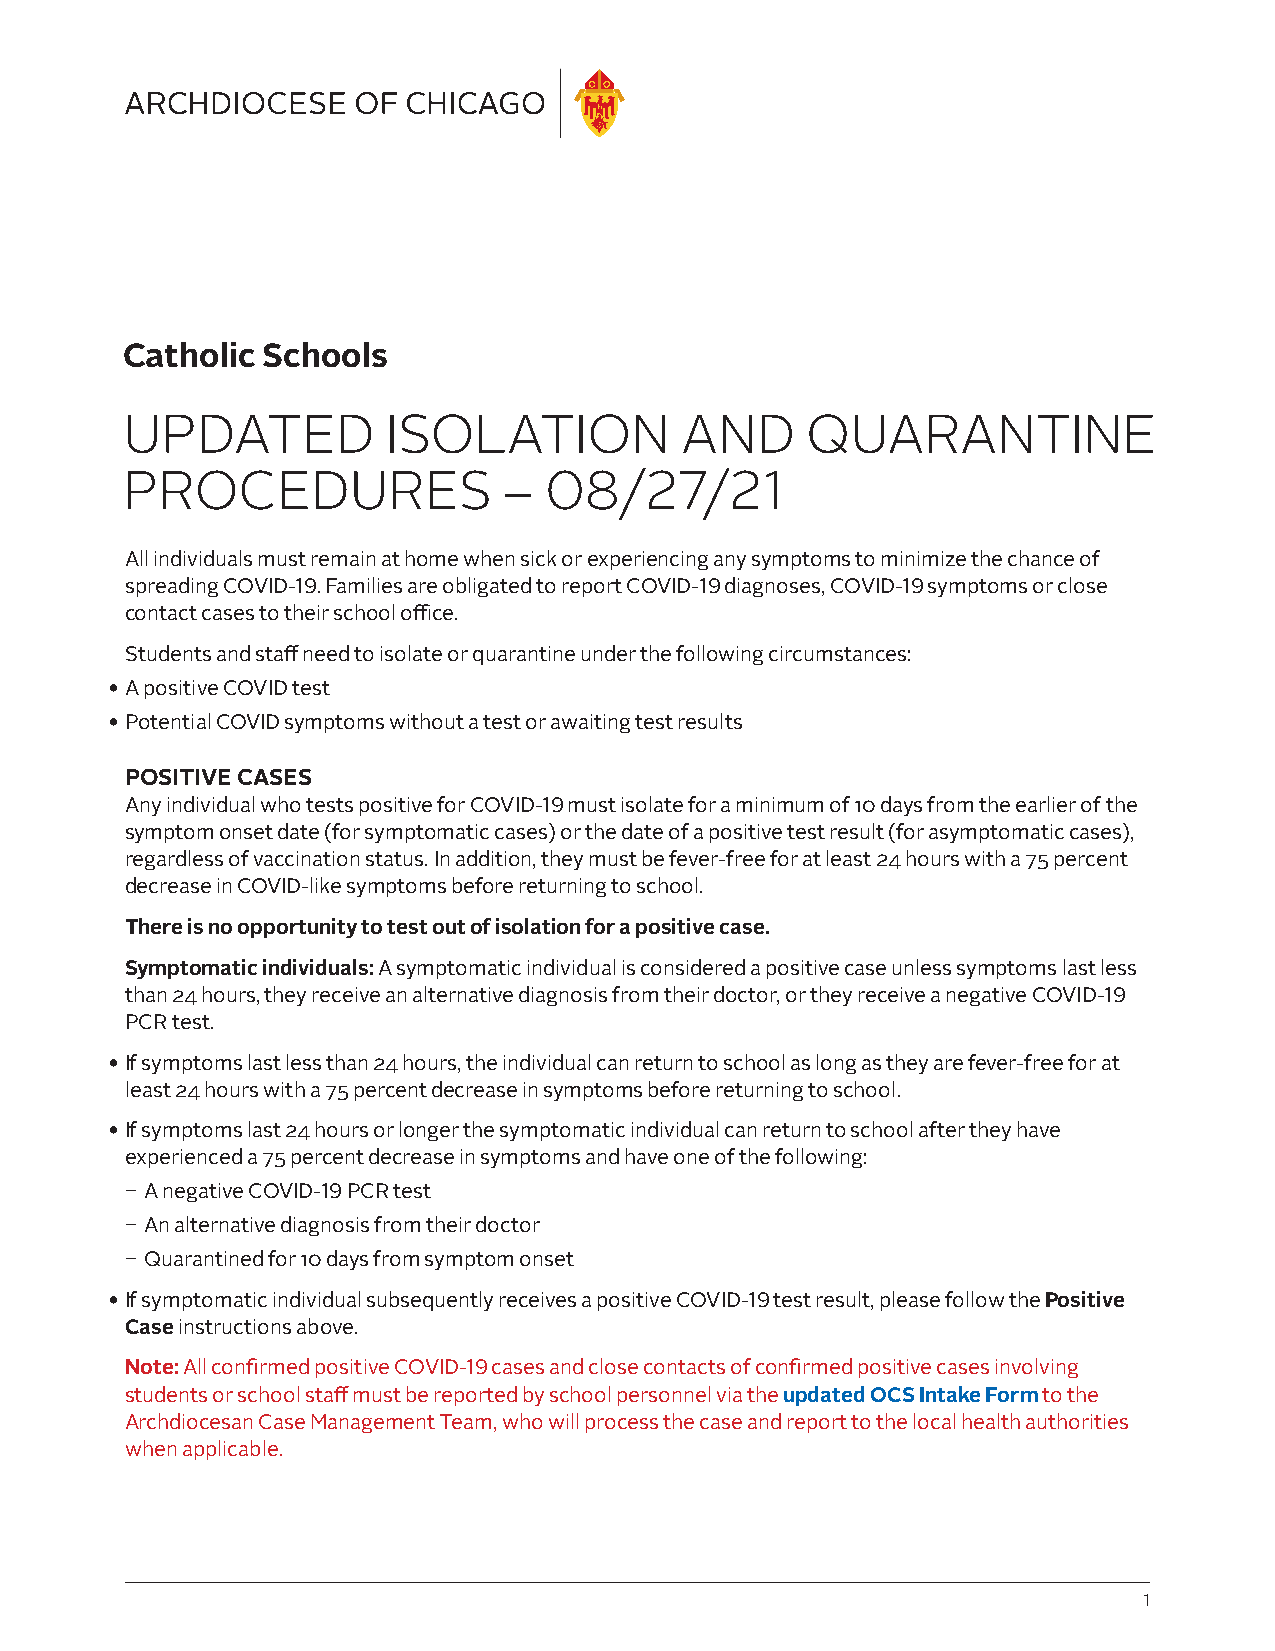
Catholic Schools
 UPDATED           ISOLATION          AND     QUARANTINE
 PROCEDURES               –  08/27/21
 All individuals must remain at home when sick or experiencing any symptoms to minimize the chance of
 spreading COVID-19. Families are obligated to report COVID-19 diagnoses, COVID-19 symptoms or close
 contact cases to their school office.
 Students and staff need to isolate or quarantine under the following circumstances:
 • A positive COVID test
 • Potential COVID symptoms without a test or awaiting test results
 POSITIVE CASES
 Any individual who tests positive for COVID-19 must isolate for a minimum of 10 days from the earlier of the
 symptom onset date (for symptomatic cases) or the date of a positive test result (for asymptomatic cases),
 regardless of vaccination status. In addition, they must be fever-free for at least 24 hours with a 75 percent
 decrease in COVID-like symptoms before returning to school.
 There is no opportunity to test out of isolation for a positive case.
 Symptomatic individuals: A symptomatic individual is considered a positive case unless symptoms last less
 than 24 hours, they receive an alternative diagnosis from their doctor, or they receive a negative COVID-19
 PCR test.
 • If symptoms last less than 24 hours, the individual can return to school as long as they are fever-free for at
 least 24 hours with a 75 percent decrease in symptoms before returning to school.
 • If symptoms last 24 hours or longer the symptomatic individual can return to school after they have
 experienced a 75 percent decrease in symptoms and have one of the following:
 ͂ A negative COVID-19 PCR test
 ͂ An alternative diagnosis from their doctor
 ͂ Quarantined for 10 days from symptom onset
 • If symptomatic individual subsequently receives a positive COVID-19 test result, please follow the Positive
 Case instructions above.
 Note: All confirmed positive COVID-19 cases and close contacts of confirmed positive cases involving
 students or school staff must be reported by school personnel via the updated OCS Intake Form to the
 Archdiocesan Case Management Team, who will process the case and report to the local health authorities
 when applicable.
 1